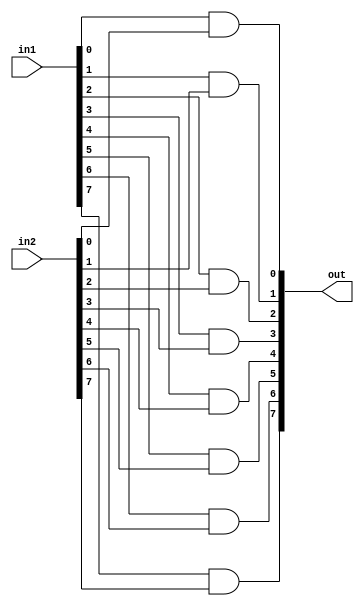
module andGate #(parameter N = 8)(
					input wire signed [N-1:0] in1,
					input wire signed [N-1:0] in2,
					output wire signed [N-1:0] out);
					
	genvar i;
	generate
	for (i = 0; i < N; i = i + 1)
	begin: And_gen
		and AG(out[i], in1[i], in2[i]);
	end
	endgenerate
	
endmodule